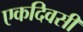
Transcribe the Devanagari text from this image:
एकदिवसी